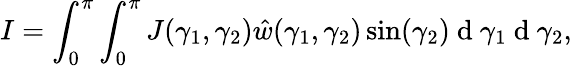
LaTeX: I=\int_{0}^{\pi}\int_{0}^{\pi}J(\gamma_{1},\gamma_{2})\hat{w}(\gamma_{1},\gamma_{2})\sin(\gamma_{2})\mathrm{~d~}\gamma_{1}\mathrm{~d~}\gamma_{2},